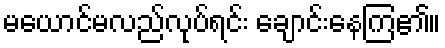
မယောင်မလည်လုပ်ရင်း ချောင်းနေကြ၏။